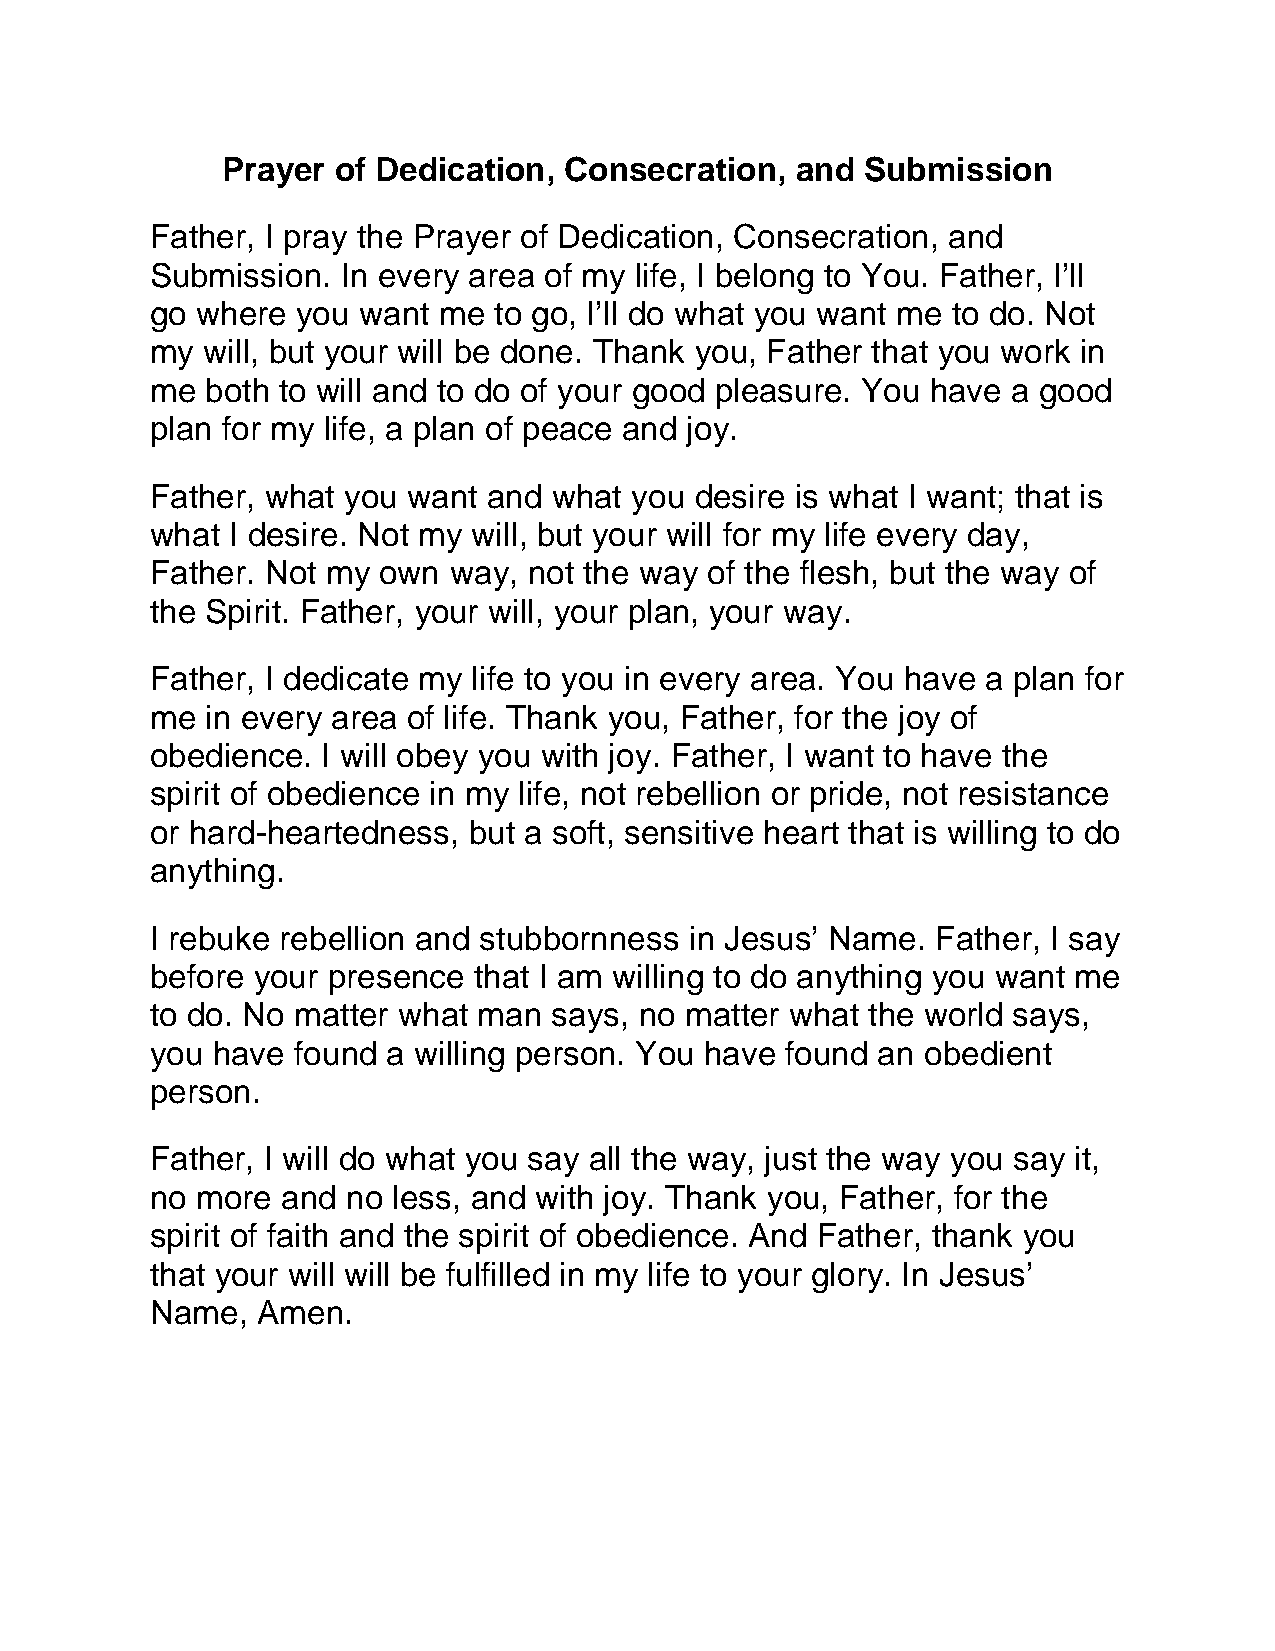
Prayer of Dedication, Consecration,   and Submission
 Father, I pray the Prayer of Dedication, Consecration, and
 Submission.  In every area of my life, I belong to You. Father, I’ll
 go where  you want me  to go, I’ll do what you want me to do. Not
 my will, but your will be done. Thank you, Father that you work in
 me  both to will and to do of your good pleasure. You have a good
 plan for my life, a plan of peace and joy.
 Father, what you want and  what you desire is what I want; that is
 what I desire. Not my will, but your will for my life every day,
 Father. Not my own  way, not the way of the flesh, but the way of
 the Spirit. Father, your will, your plan, your way.
 Father, I dedicate my life to you in every area. You have a plan for
 me  in every area of life. Thank you, Father, for the joy of
 obedience. I will obey you with joy. Father, I want to have the
 spirit of obedience in my life, not rebellion or pride, not resistance
 or hard-heartedness, but a soft, sensitive heart that is willing to do
 anything.
 I rebuke rebellion and stubbornness in Jesus’ Name. Father, I say
 before your presence that I am willing to do anything you want me
 to do. No matter what man  says, no matter what the world says,
 you have found  a willing person. You have found an obedient
 person.
 Father, I will do what you say all the way, just the way you say it,
 no more  and no less, and with joy. Thank you, Father, for the
 spirit of faith and the spirit of obedience. And Father, thank you
 that your will will be fulfilled in my life to your glory. In Jesus’
 Name,  Amen.